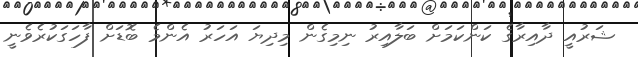
ޝަރުއީ ދާއިރާގެ ކަންކަމަށް ބަލާއިރު ނިމިގެން މިދިޔަ އަހަރު އެންމެ ބޮޑަށް ފާހަގަކުރެވެނީ